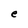
Character: e